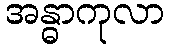
အန္ဓာကုလာ